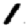
Digit: 1